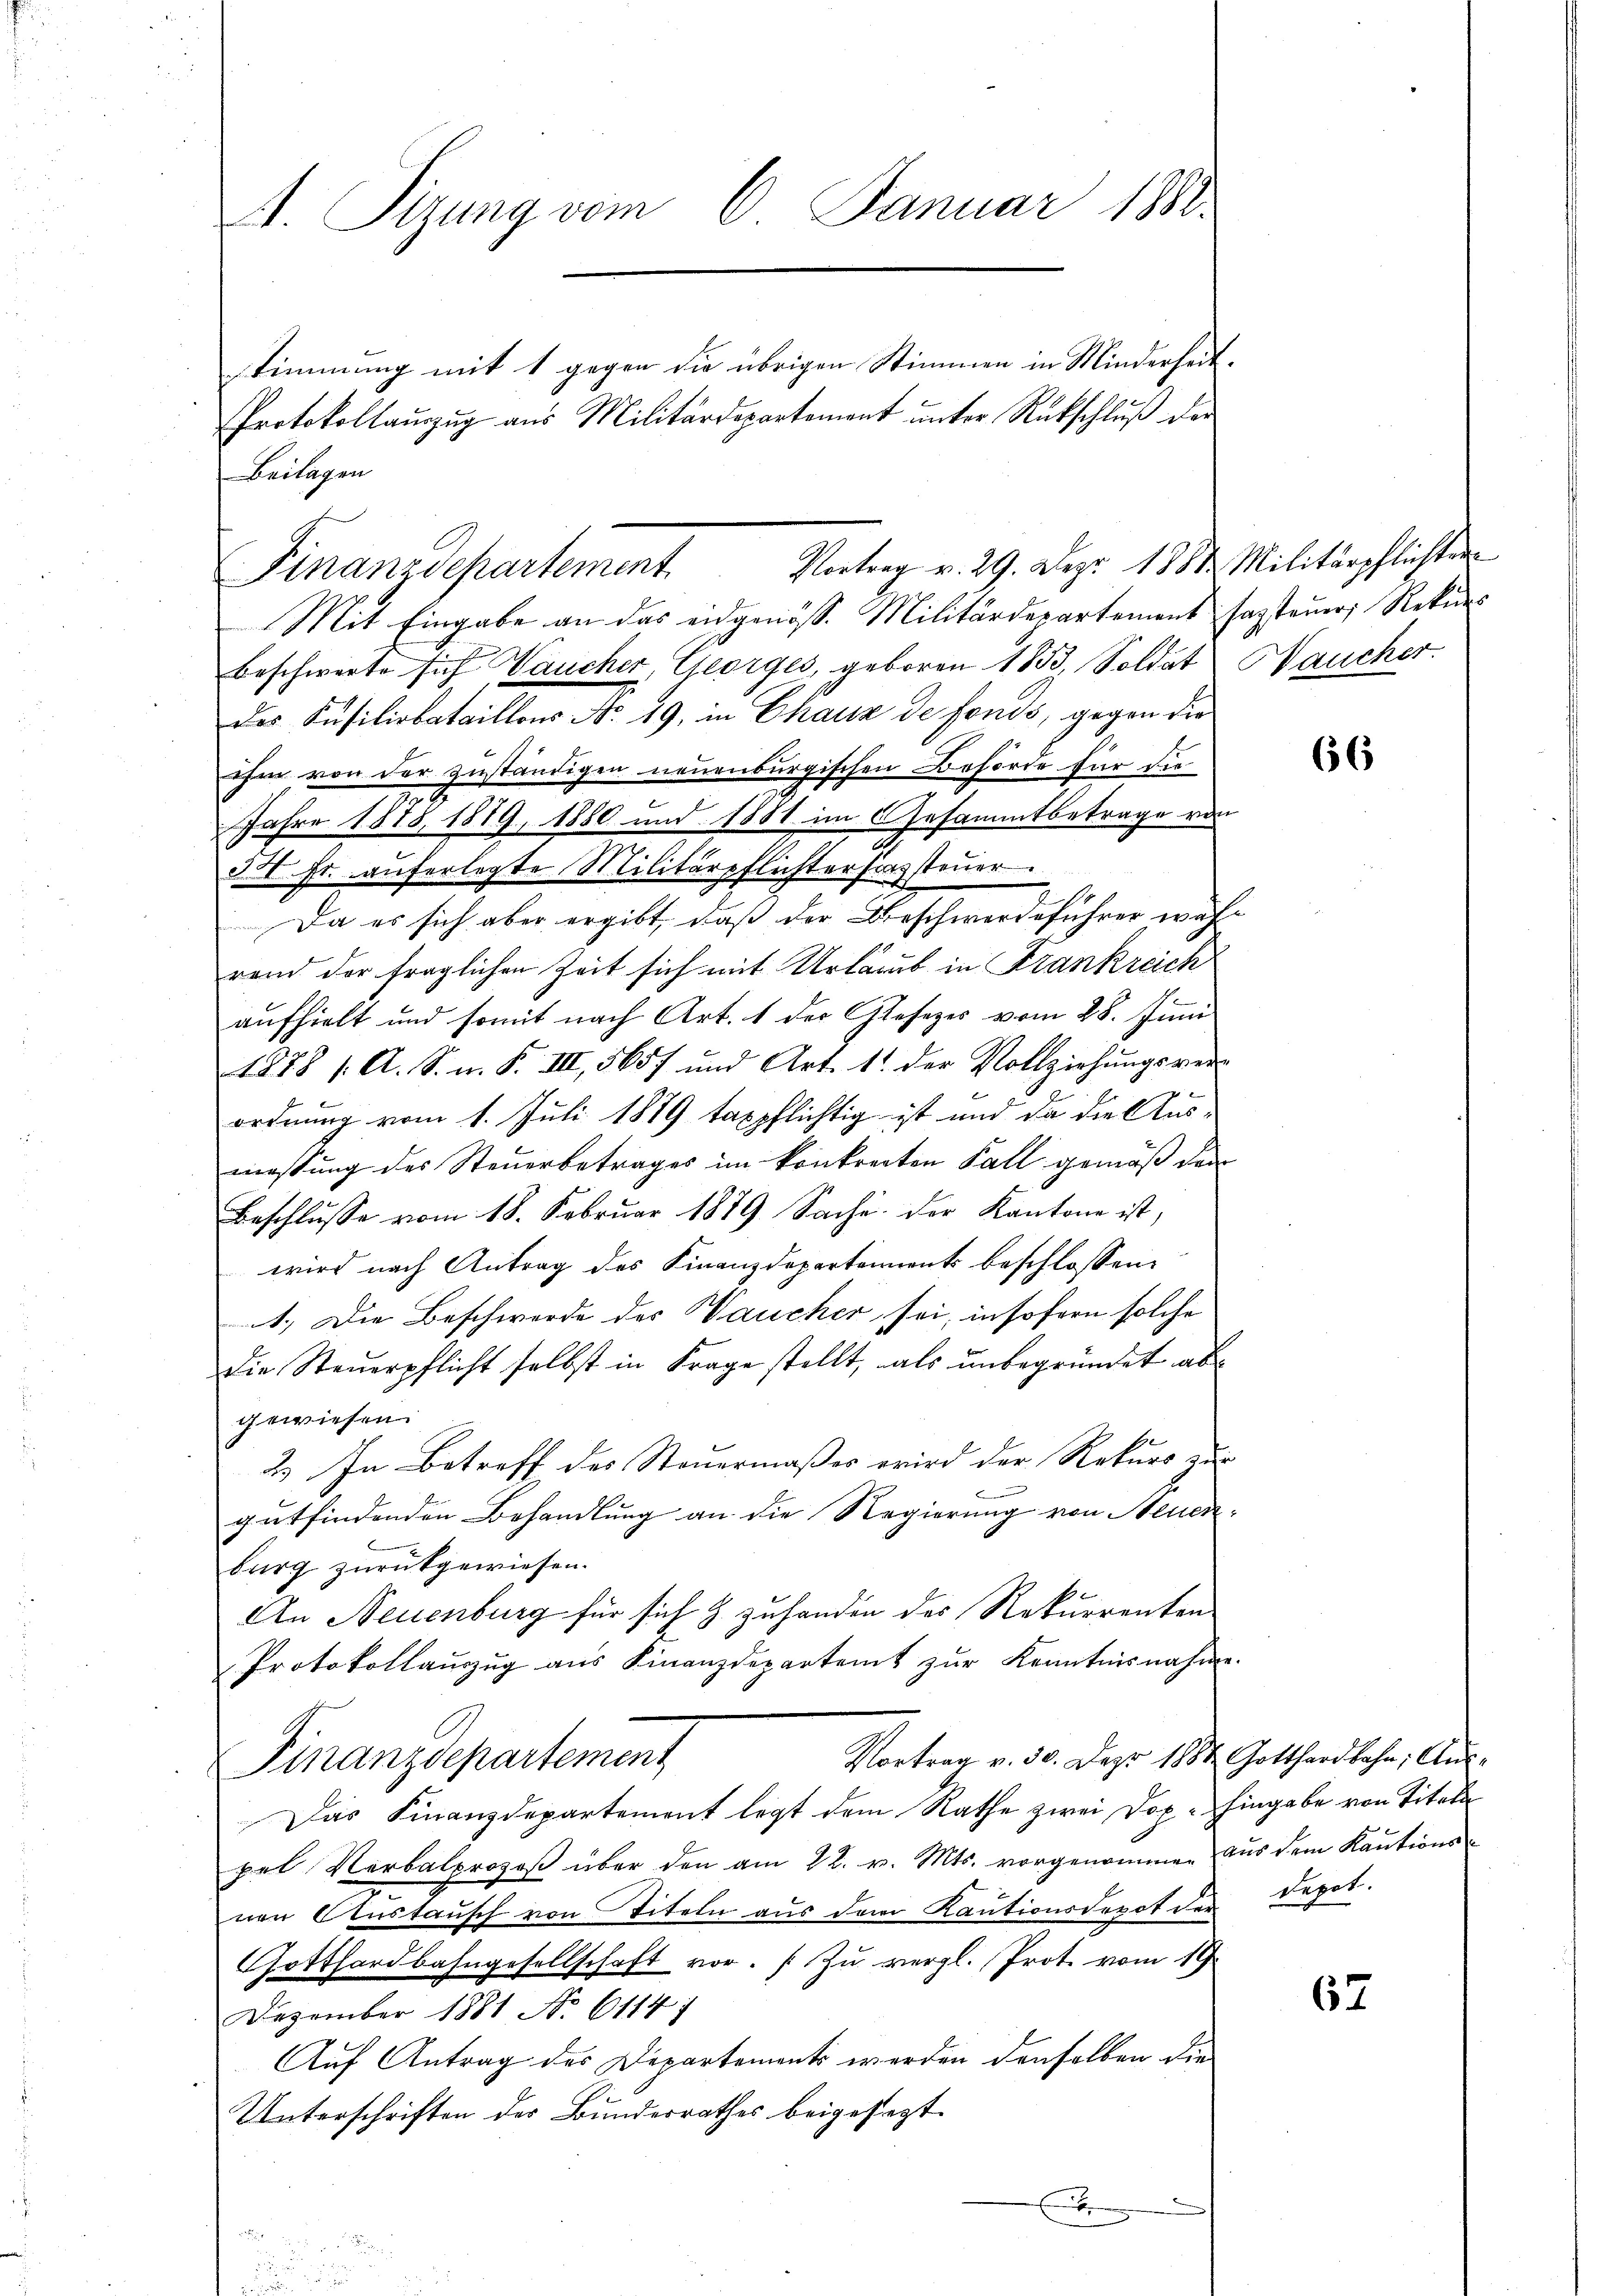
A. Sizung vom 6. Januar 1888.
stimmung mit 1 gegen die übrigen Stimmen in Minderheit.
Protokollauszug aus Militärdepartement unter Rückschluß der

Mit Eingabe an das eidgenöss. Militärdepartement sagsteuer, Rekurs
beschwerte sich Vaucher, Georges, geboren 1833, Soldat aucher.
der Füsiliobataillons No. 19, in Chaux de fonds, gegen die
ihm von der zuständigen neuenburgischen Behörde für die
JJahre 1878, 1879, 1880 und 1881 im Gesammtbetrage von
J. I. fr. auferlegte Militärpflichterfassteuer.
Da es sich aber ergibt, daß der Beschwerdeführer währ
rend der fraglichen Zeit sich mit Urlaub in Frankreich
aufhielt und somit nach Art. 1 der Gesezes vom 28. Juni
1878 1. A. S. n. F. III, 565 f und Art. 11. der Vollziehungsver-
ordnung vom 1. Juli 1879 taxpflichtig ist und da die Aus-
massung des Steuerbetrages im konkrecten Fall gemäß der
Beschlusse vom 18. Februar 1879 Sache. Der Kantone ist,
wird nach Antrag des Finanzdepartement beschlossen:
1.) Die Beschwerde des Vaucher sei, insofern solche
die Steŭerpflicht selbst in Frage stellt, als ŭnbegründet ab-
gewiesen.
2) In Betreff des Steuermaßes wird der Rekurs zur
gutfindenden Behandlung an die Regierung von Neuenburg zurückgewiesen.
An Neuenburg für sich & zuhanden des Rekurrenten
Protokollauszug aus Finanzdepartent zur Kenntnisnahme
Vortrag v. 30. Dez. 1884 Gotthardbahn, Aus-
Finanzdepartement
Das Finanzdepartement legt dem Rathe zwei Dop. Eingabe von Titel
pel Verbalprozeß über den am 22. v. Mts. vorgenommen aus dem Kautions-
nen Austausch von Titeln aus dem Kautionsdepot der Depot.
Gotthardbahngesellschaft vor. (Zu vergl. Prote vom 19.
Dezember 1881 No 6114;
Auf Antrag des Departements werden denselben die
Unterschriften der Bundesrathes beigesezt.
E

Beilagen

Finanzdepartement Vortrag v. 29. Dez. 1881 Militärpflichten

66

67